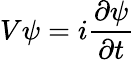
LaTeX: V\psi=i\frac{\partial\psi}{\partial t}